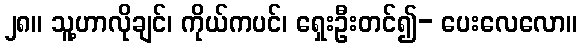
၂၈။ သူ့ဟာလိုချင်၊ ကိုယ်ကပင်၊ ရှေးဦးတင်၍- ပေးလေလော။